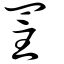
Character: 罜